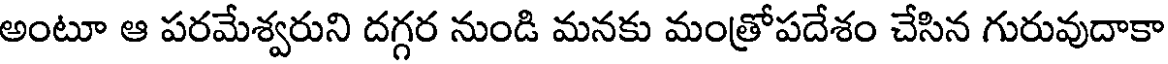
అంటూ ఆ పరమేశ్వరుని దగ్గర నుండి మనకు మంత్రోపదేశం చేసిన గురువుదాకా